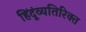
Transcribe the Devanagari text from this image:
हिंदूंव्यतिरिक्त